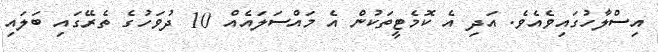
އިސްލާހުގައިވެއެވެ. އަދި އެ ކޮމެޓީތަކުން އެ މައްސަލައެއް 10 ދުވަހުގެ ތެރޭގައި ބަލައި